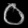
Digit: ၀